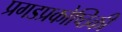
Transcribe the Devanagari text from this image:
प्रगडप्रकोष्ठिकी